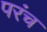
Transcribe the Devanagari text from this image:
परंच